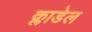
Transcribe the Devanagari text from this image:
क्लाडेल